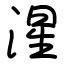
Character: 湦